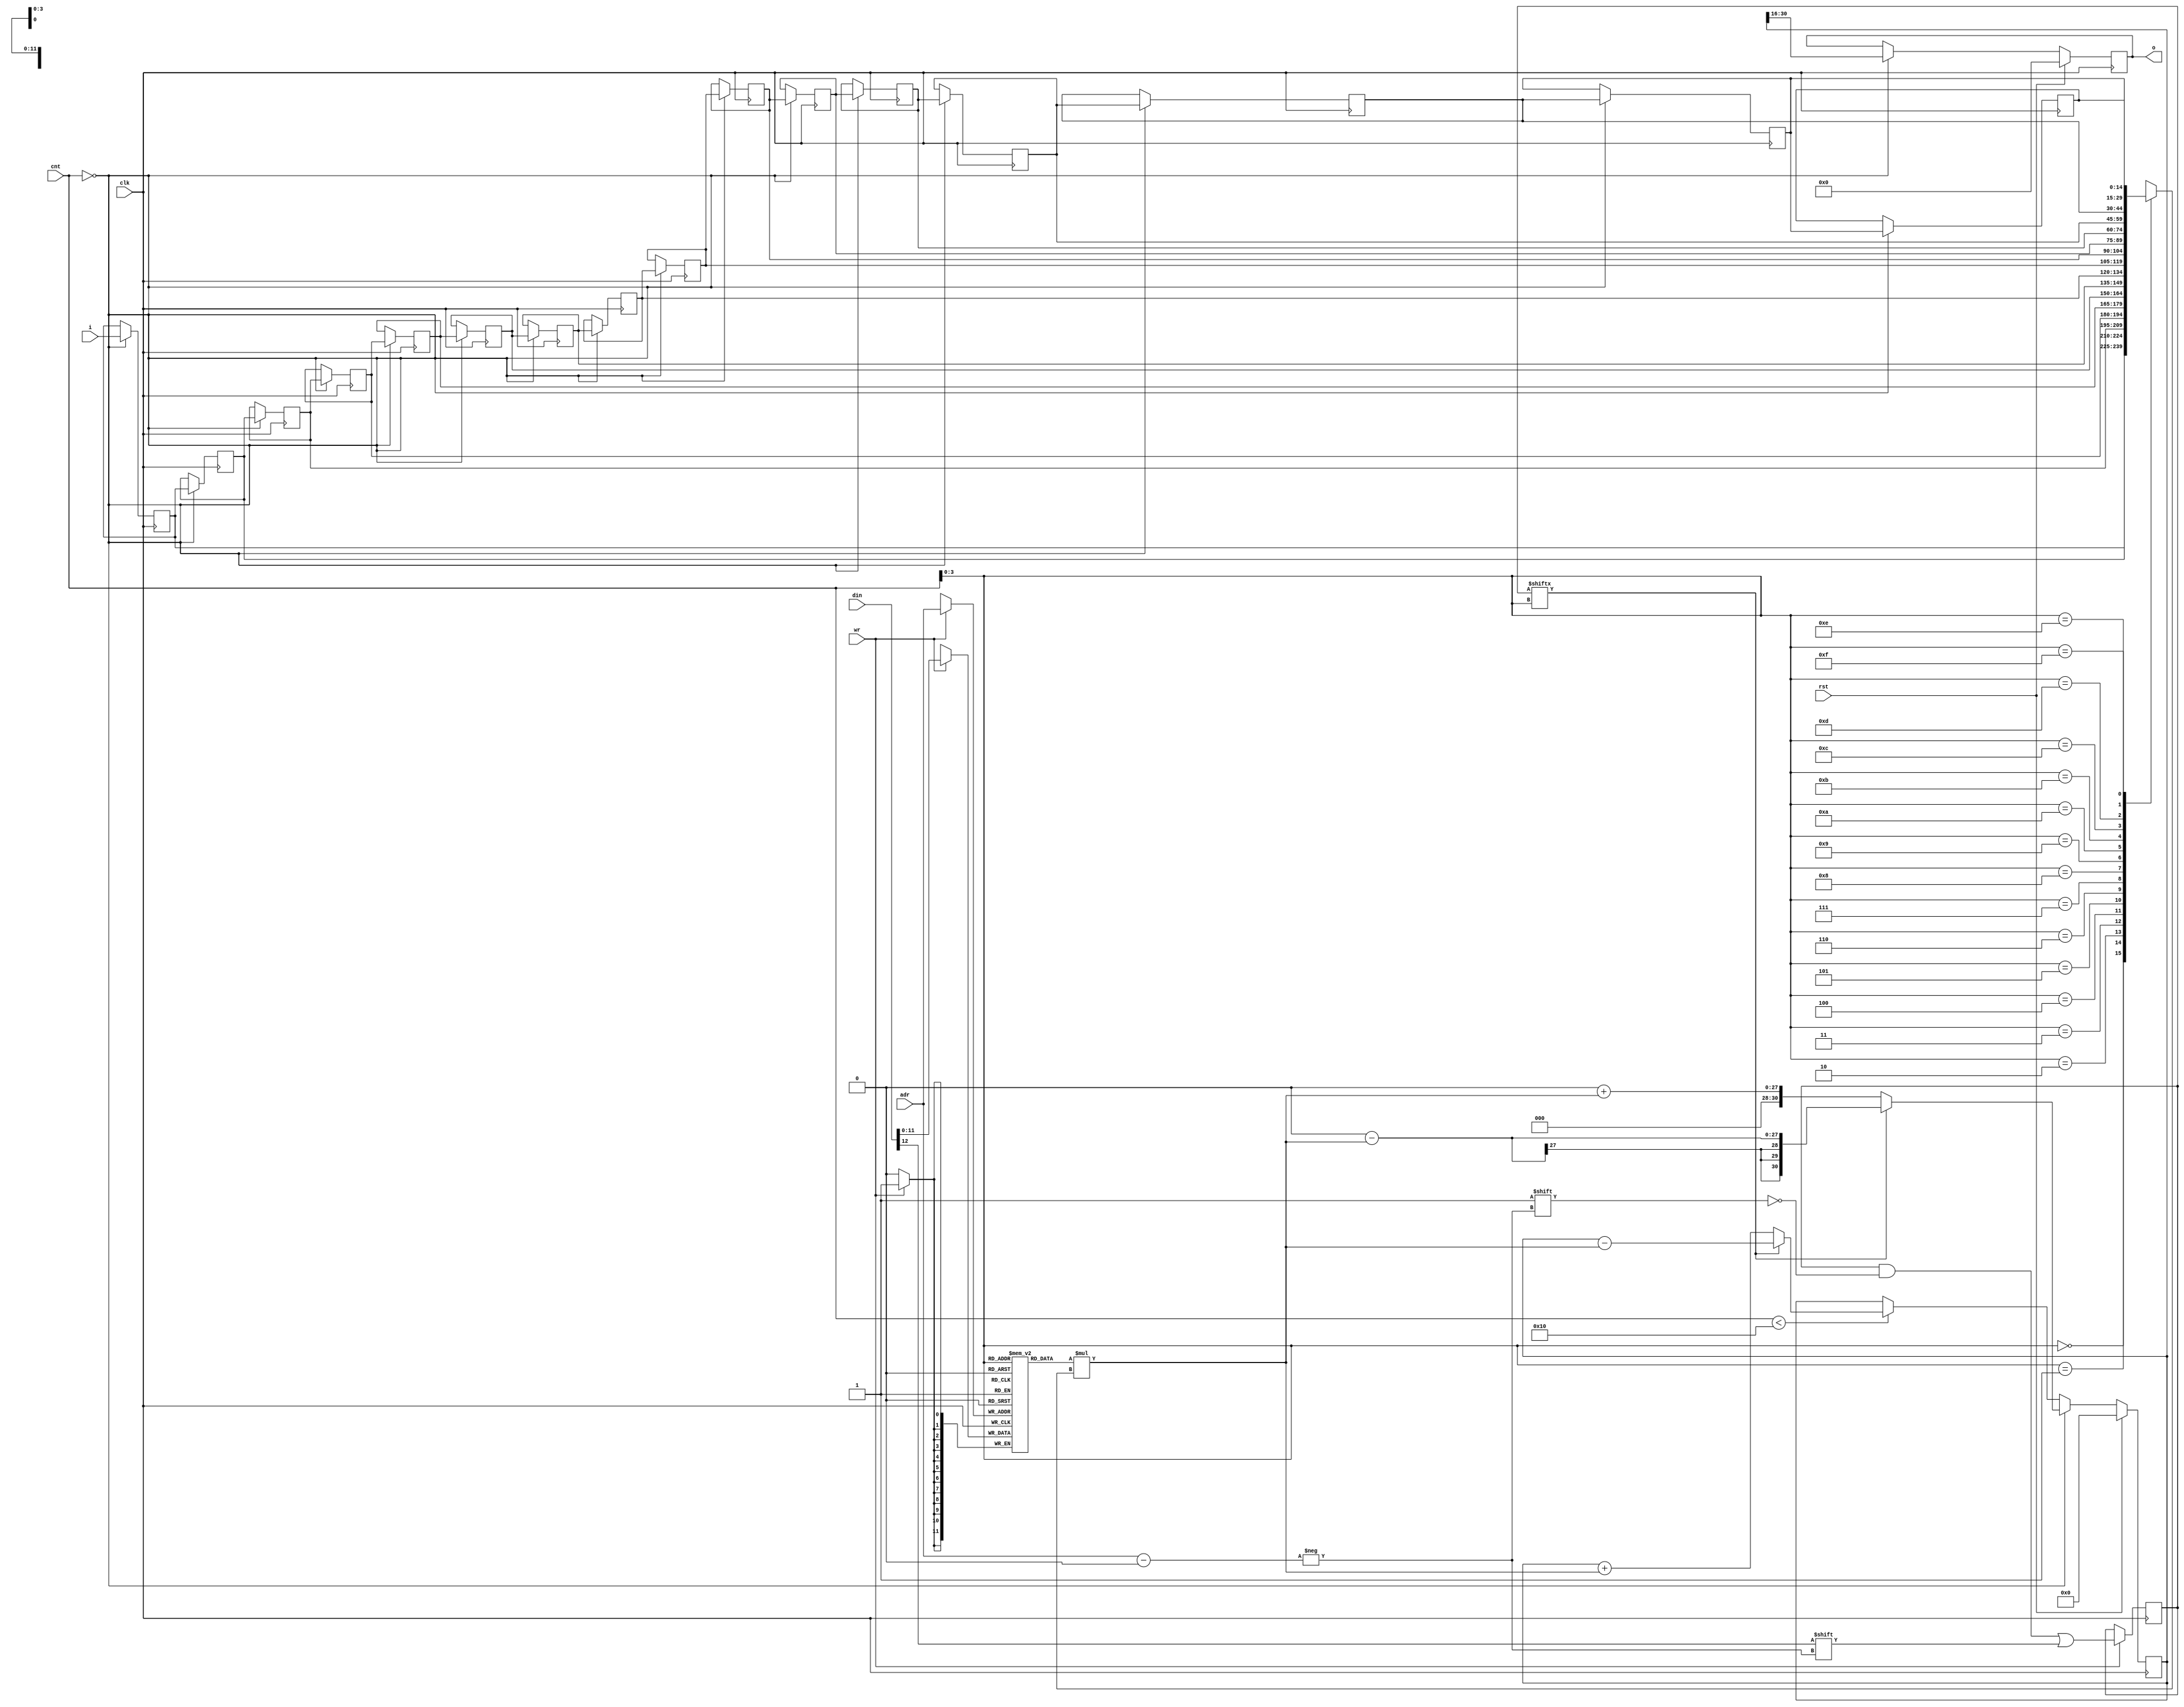
`timescale 1ns / 1ps
// ============================================================================
//	(C) 2007,2012  Robert Finch
//  robfinch<remove>@opencores.org
//	All rights reserved.
//
//	PSGFilter.v
//	Version 1.1
//
// This source file is free software: you can redistribute it and/or modify 
// it under the terms of the GNU Lesser General Public License as published 
// by the Free Software Foundation, either version 3 of the License, or     
// (at your option) any later version.                                      
//                                                                          
// This source file is distributed in the hope that it will be useful,      
// but WITHOUT ANY WARRANTY; without even the implied warranty of           
// MERCHANTABILITY or FITNESS FOR A PARTICULAR PURPOSE.  See the            
// GNU General Public License for more details.                             
//                                                                          
// You should have received a copy of the GNU General Public License        
// along with this program.  If not, see <http://www.gnu.org/licenses/>.    
//
//
//        16-tap digital filter
//
//    Currently this filter is only partially tested. The author believes that
//    the approach used is valid however.
//	The author opted to include the filter because it is part of the design,
//	and even this untested component can provide an idea of the resource
//	requirements, and device capabilities.
//		This is a "how one might approach the problem" example, at least
//	until the author is sure the filter is working correctly.
//        
//	Time division multiplexing is used to implement this filter in order to
//	reduce the resource requirement. This should be okay because it is being
//	used to filter audio signals. The effective operating frequency of the
//	filter depends on the 'cnt' supplied (eg 1MHz)
//
//	Spartan3
//	Webpack 9.1i xc3s1000-4ft256
//	158 LUTs / 88 slices / 73.865MHz
//	1 MULT
//============================================================================
//
module PSGFilter(rst, clk, cnt, wr, adr, din, i, o);
parameter pTaps = 16;
input rst;
input clk;
input [7:0] cnt;
input wr;
input [3:0] adr;
input [12:0] din;
input [14:0] i;
output [14:0] o;
reg [14:0] o;

reg [30:0] acc;                 // accumulator
reg [14:0] tap [0:pTaps-1];     // tap registers
integer n;

// coefficient memory
reg [11:0] coeff [0:pTaps-1];   // magnitude of coefficient
reg [pTaps-1:0] sgn;            // sign of coefficient

initial begin
	for (n = 0; n < pTaps; n = n + 1)
	begin
		coeff[n] <= 0;
		sgn[n] <= 0;
	end
end

// update coefficient memory
always @(posedge clk)
    if (wr) begin
        coeff[adr] <= din[11:0];
        sgn[adr] <= din[12];
    end

// shift taps
// Note: infer a dsr by NOT resetting the registers
always @(posedge clk)
    if (cnt==8'd0) begin
        tap[0] <= i;
        for (n = 1; n < pTaps; n = n + 1)
        	tap[n] <= tap[n-1];
    end

wire [26:0] mult = coeff[cnt[3:0]] * tap[cnt[3:0]];

always @(posedge clk)
    if (rst)
        acc <= 0;
    else if (cnt==8'd0)
        acc <= sgn[cnt[3:0]] ? 0 - mult : 0 + mult;
    else if (cnt < pTaps)
        acc <= sgn[cnt[3:0]] ? acc - mult : acc + mult;

always @(posedge clk)
    if (rst)
        o <= 0;
    else if (cnt==8'd0)
        o <= acc[30:16];

endmodule